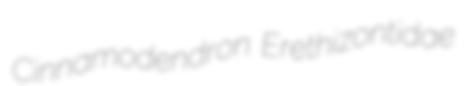
Cinnamodendron Erethizontidae